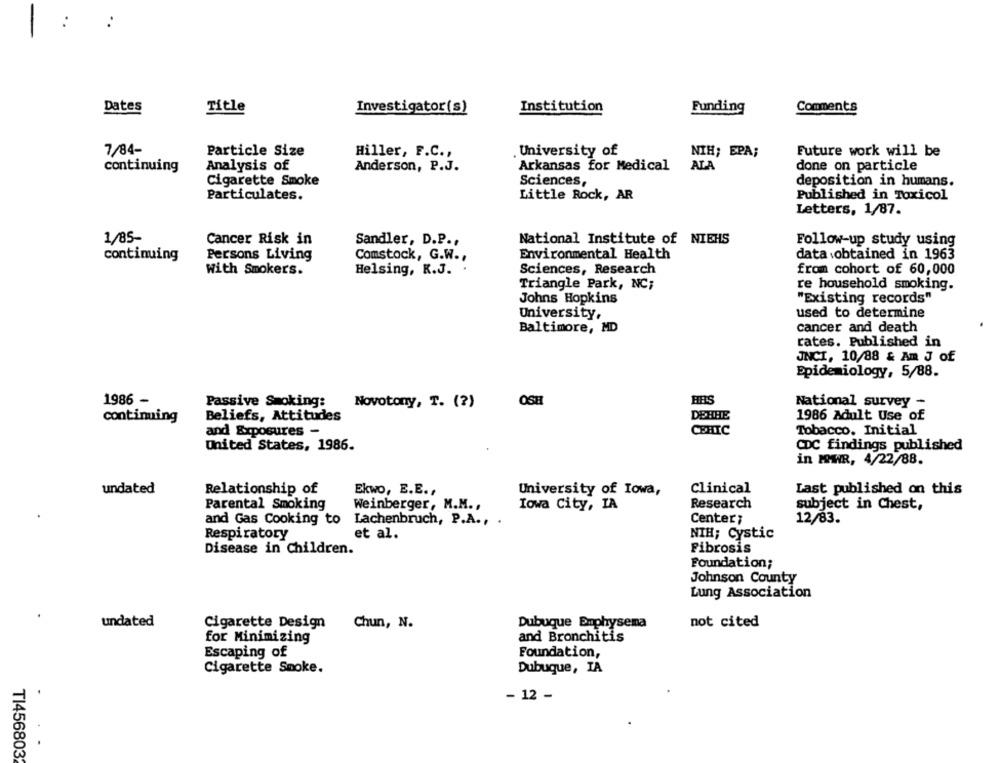
Dates
Title
Investigator(s)
Institution
Funding
Comments
7/84-
Particle Size
University of
NIH; EPA;
Hiller, F.C .,
Future work will be
continuing
Analysis of
Anderson, P.J.
Arkansas for Medical
ALA
done on particle
Cigarette Smoke
Sciences,
deposition in humans.
Particulates.
Little Rock, AR
Published in Toxicol
Letters, 1/87.
1/85-
Cancer Risk in
Sandler, D.P .,
National Institute of NIEHS
Follow-up study using
continuing
Persons Living
Comstock, G.W .,
Environmental Health
data obtained in 1963
With Smokers.
Helsing, R.J. .
Sciences, Research
from cohort of 60,000
Triangle Park, NC;
re household smoking.
Johns Hopkins
"Existing records"
used to determine
University,
cancer and death
Baltimore, MD
rates. Published in
JNCI, 10/88 & Am J of
Epidemiology, 5/88.
1986 -
Passive Smoking:
Novotony, T. (?)
OSH
HRS
National survey -
continuing
Beliefs, Attitudes
DETHE
1986 Adult Use of
and Exposures -
CEHIC
Tobacco. Initial
United States, 1986.
CDC findings published
in MWR, 4/22/88.
undated
Relationship of
Ekwo, E.E .,
University of Iowa,
Clinical
Last published on this
Parental Smoking
Weinberger, M.M .,
Iowa City, IA
Research
subject in Chest,
Center;
12/83.
and Gas Cooking to Lachenbruch, P.A ., .
et al.
NIH; Cystic
Respiratory
Disease in Children.
Fibrosis
Foundation;
Johnson County
Lung Association
undated
Cigarette Design
Chun, N.
Dubuque Emphysema
not cited
for Minimizing
and Bronchitis
Escaping of
Foundation,
Cigarette Smoke.
Dubuque, IA
- 12 -
TI4568032